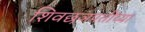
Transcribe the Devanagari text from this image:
शिवछञपतींच्या